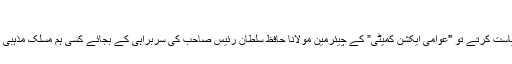
- شیعت نیوز نیٹ ورک
بلتستان کے لوگ اگر فرقے کی بنیاد پر سیاست کرتے تو "عوامی ایکشن کمیٹی” کے چیئرمین مولانا حافظ سلطان رئیس صاحب کی سربراہی کے بجائے کسی ہم مسلک مذہبی رہنما کو سرابرہی سونپنے کی ضد کرتے۔